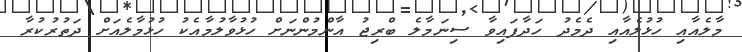
މާލެއާއި ހުޅުލެއާއި ދެމެދު ހަދާފައިވާ ސިނަމާލެ ބްރިޖު އާންމުންނަށް ހުޅުވާލުމާއެކު ހުޅުމާލެއަށް ދަތުރުކުރާ